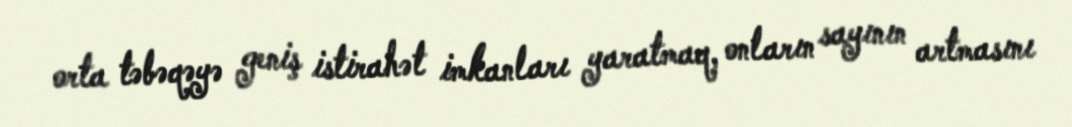
orta təbəqəyə geniş istirahət imkanları yaratmaq, onların sayının artmasını